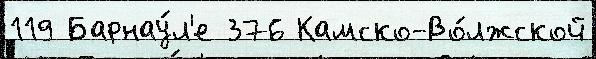
119 Барнау́л'е 376 Камско-Во́лжской